Note on the mental hospitals in Burma - 1925-1940
Year: 1925
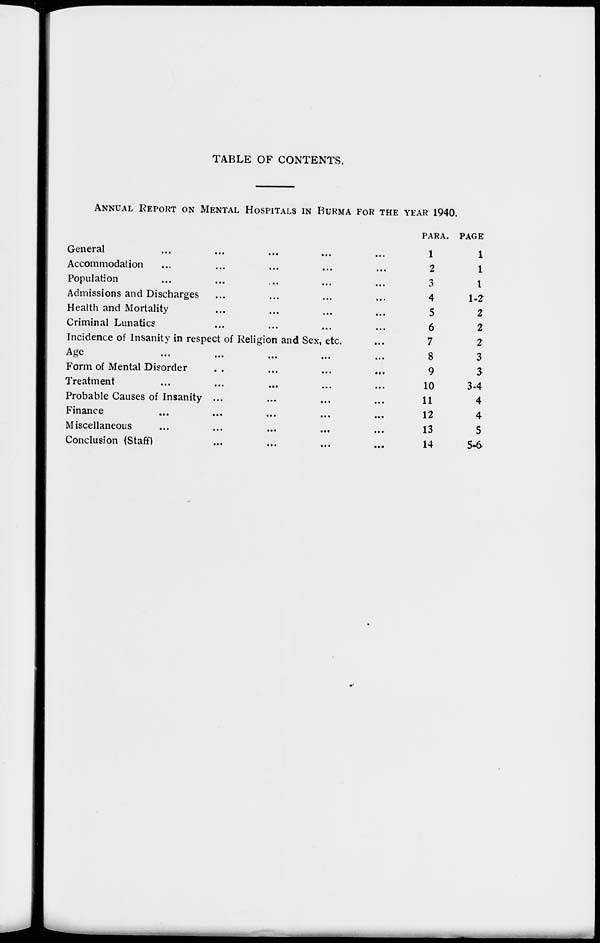
TABLE OF CONTENTS.
ANNUAL REPORT ON MENTAL HOSPITALS IN BURMA FOR THE YEAR 1940.
General ... ... ... ... ...
Accommodation ... ... ... ... ...
Population ... ... ... ... ...
Admissions and Discharges ... ... ... ...
Health and Mortality ... ... ... ...
Criminal Lunatics ... ... ... ...
Incidence of Insanity in respect of Religion and Sex, etc.
Age
...
...
...
...
...
Form of Mental Disorder ... ... ... ...
Treatment ... ... ... ... ...
Probable Causes of Insanity ... ... ... ...
Finance ... ... ... ... ...
Miscellaneous ... ... ... ... ...
Conclusion (Staff) ... ... ... ...
PARA.
1
2
3
4
5
6
7
8
9
10
11
12
13
14
PAGE
1
1
1
1-2
2
2
2
3
3
3-4
4
4
5
5-6